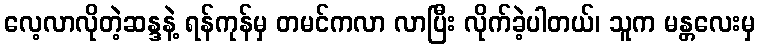
လေ့လာလိုတဲ့ဆန္ဒနဲ့ ရန်ကုန်မှ တမင်ကလာ လာပြီး လိုက်ခဲ့ပါတယ်၊ သူက မန္တလေးမှ